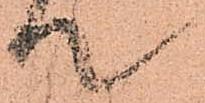
て